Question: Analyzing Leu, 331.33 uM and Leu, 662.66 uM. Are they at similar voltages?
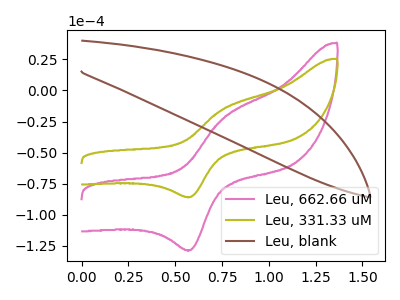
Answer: <think>The pink curve "Leu, 662.66 uM" has an anodic peak at (0.75V, -22.35uA) and a cathodic peak at (0.60V, -128.55uA). The olive curve "Leu, 331.33 uM" has an anodic peak at (0.75V, -14.90uA) and a cathodic peak at (0.60V, -85.75uA). The brown curve "Leu, blank" has no peaks.
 All the peaks in "Leu, 331.33 uM" have a peak in "Leu, 662.66 uM" at the same potential.</think>
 <answer>"Leu, 331.33 uM" and "Leu, 662.66 uM" are similar in shape.</answer>
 <eval>same_shape</eval>